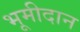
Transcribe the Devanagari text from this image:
भूमीदान